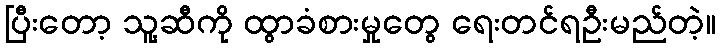
ပြီးတော့ သူ့ဆီကို ထွာခံစားမှုတွေ ရေးတင်ရဦးမည်တဲ့။